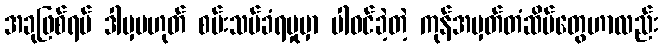
အခုဖြစ်ရပ် ဒါမှမဟုတ် စမ်းသပ်ခံရမှုမှာ ပါဝင်ခဲ့တဲ့ ကုန်အမှတ်တံဆိပ်တွေဟာလည်း